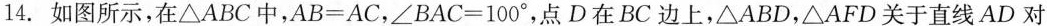
14.如图所示，在△ABC中，$$A B = A C$$，$$∠ B A C = 1 0 0°$$，点D在BC边上，△ABD，△AFD关于直线AD对